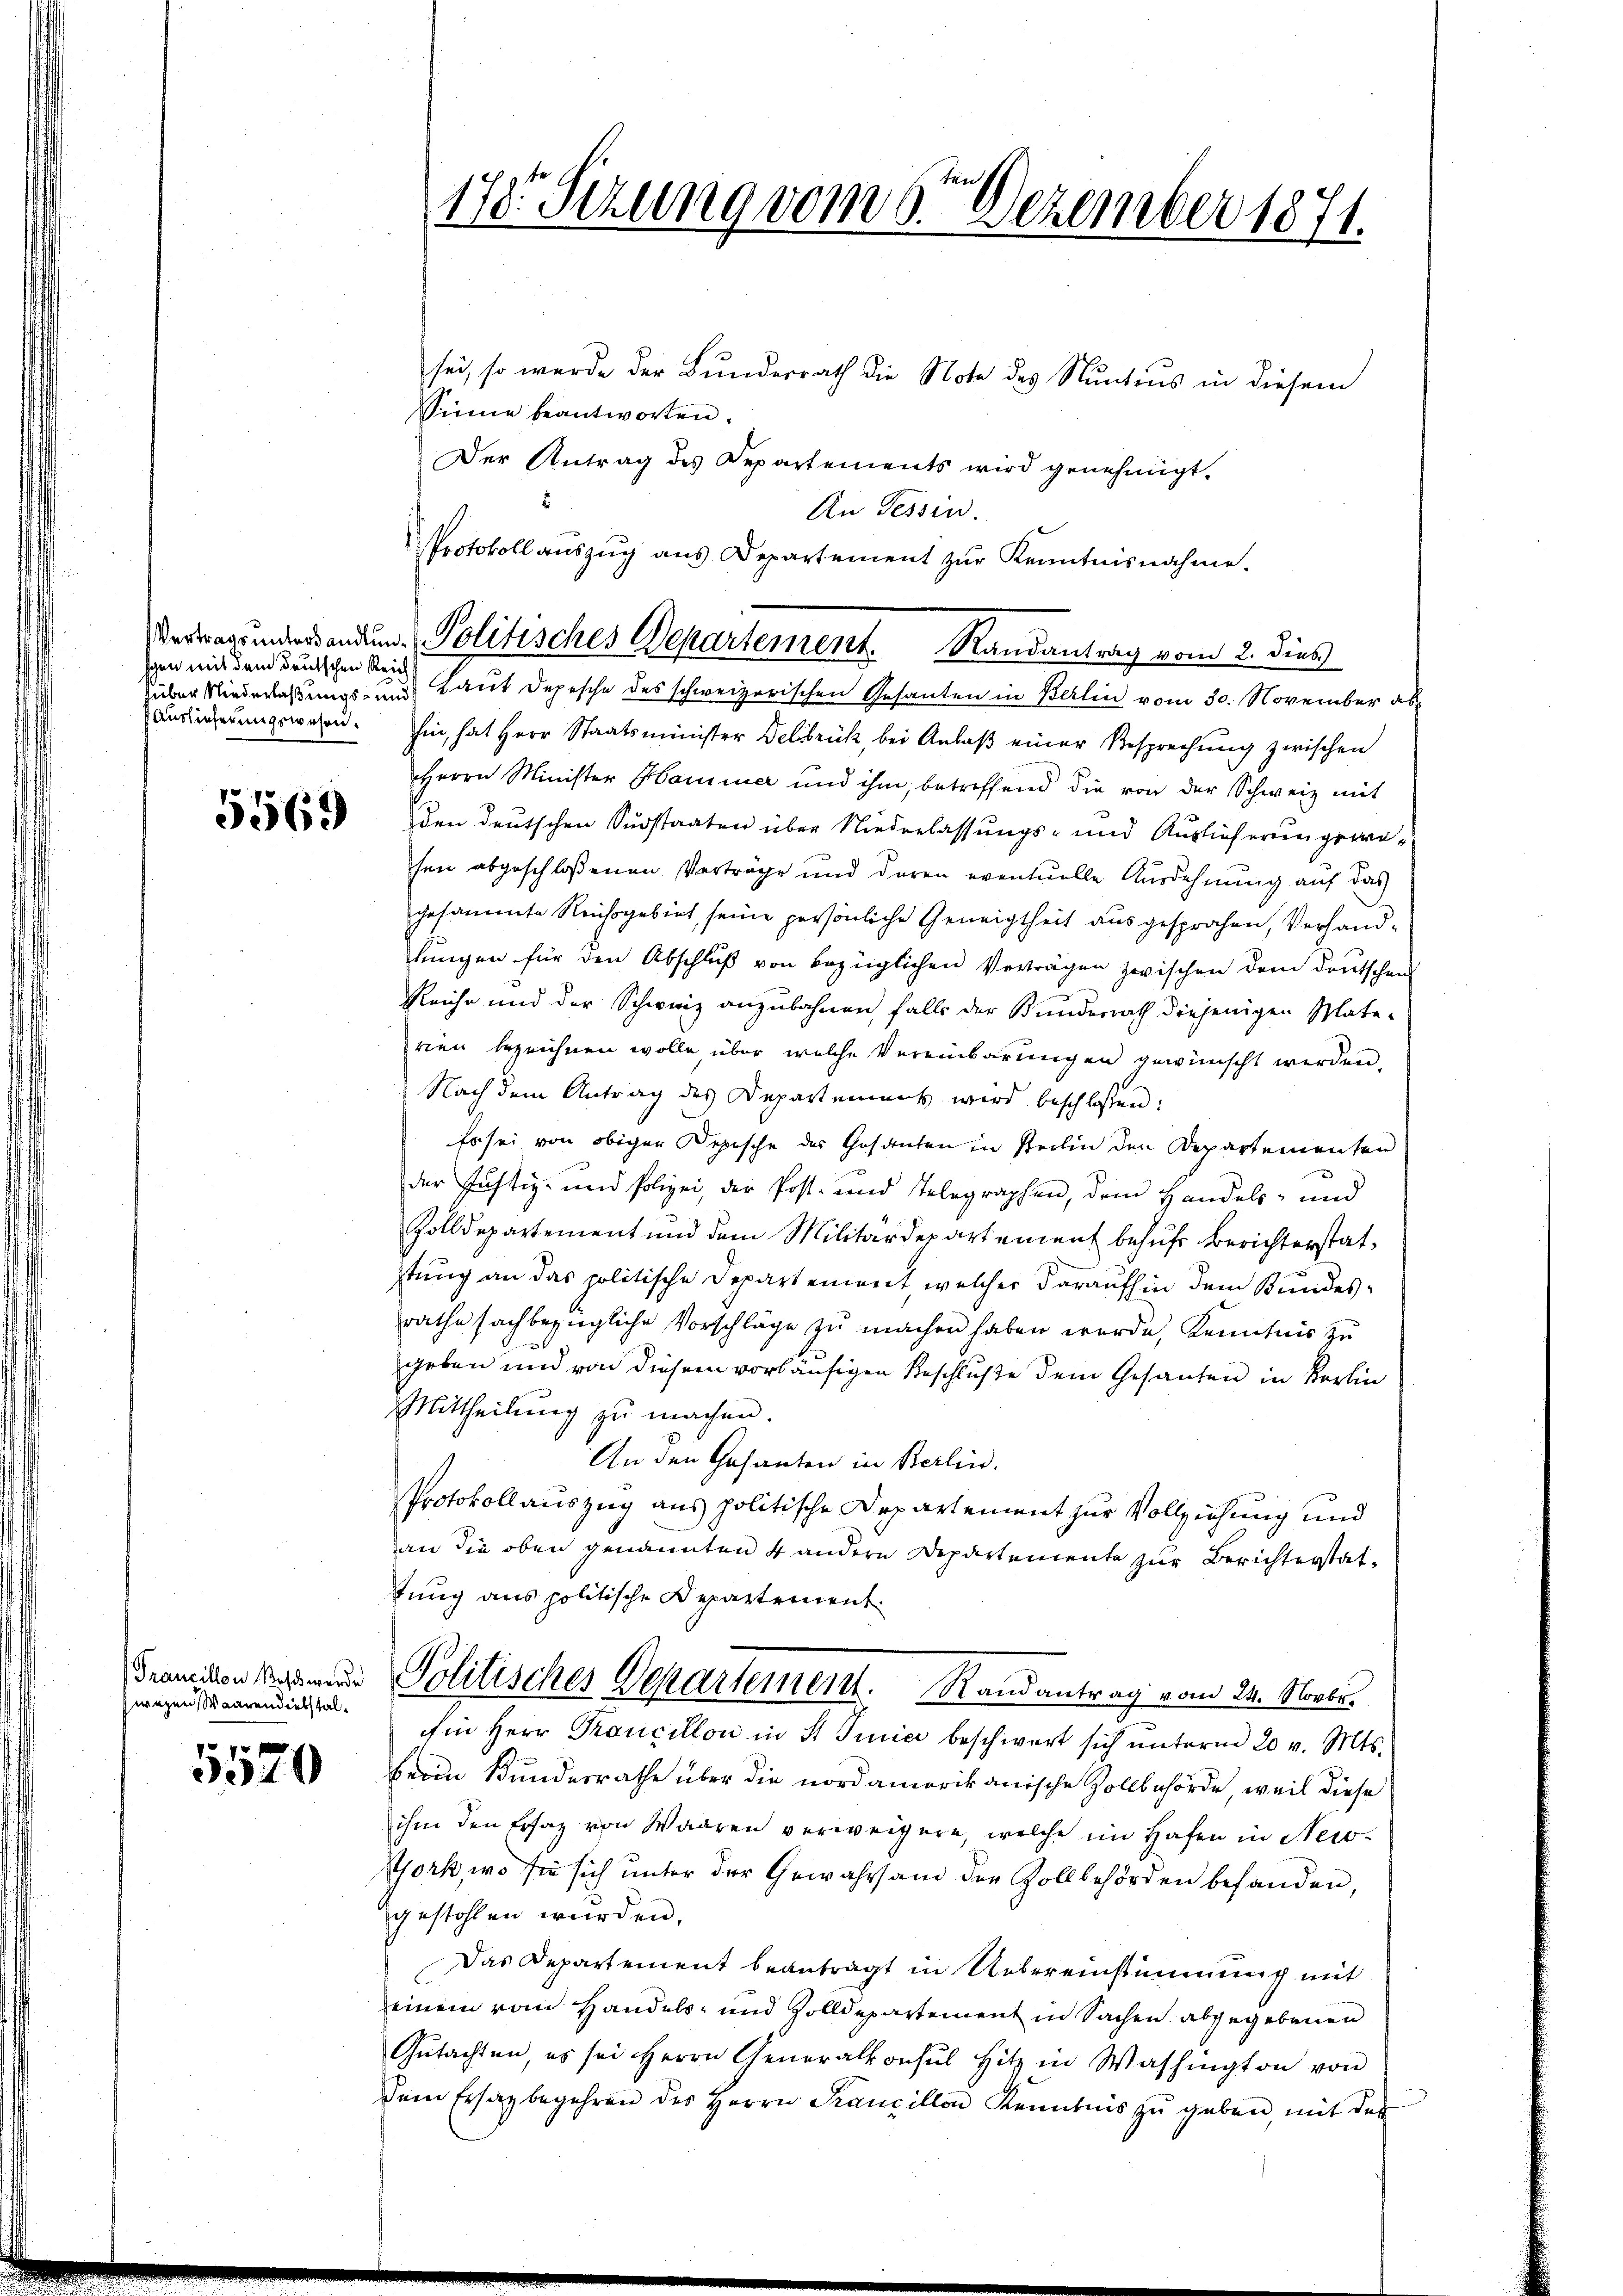
sgen mit dem deutschen Reich
Auslieferungswesen.

5569

Francillon es werde
wegen Waarendiebstal¬

5520

178. Sezung vom 6ten Dezember 1871.

sei, so wurde der Bundesrath die Note des Nuntius in diesem
Sinne beantworten.
Der Antrag des Departements wird genehmigt.
.
An Tessin.
Protokoll aŭszŭg ans Departement zŭr Kenntnisnahme.
Huber Niederlaßungs- und Laut Depesche des schweizerischen Gesanten in Berlin vom 30. November abhin, hat Herr Staatsminister Delbrück, bei Anlaß einer Besprechung zwischen
Herrn Minister Haminer und ihm, betreffend die von der Schweiz mit
den deutschen Sudstaaten über Niederlassungs- und Auslieferungswesen abgeschloßenen Verträge und daren eventuelle Ausdehnŭng aŭf das
gesammte Reichsgebiet seine persönliche Geneigtheit ausgesprochen, Verhandlungen für den Abschluß von bezüglichen Verträgen zwischen dem deutschen
Reiche und der Schweiz anzubahnen falls der Bunderrath diejenigen Plate-
rien bezeichnen wolle, über welche Vereinbarungen gewünscht werden.
Nach dem Antrag des Departement wird beschlossen:
Es sei von obiger Depesche des Gesanten in Sterlin den Departementen
der sichtig- und Polizei, der Post- und Telegraphen, dem Handels- und
Zolldepartement und dem Militärdepartement behufs Berichterstatstung an das politische Departement, welcher daraufhin dem Bundesrathe sachbezügliche Vorschläge zu machen haben werde, Kenntnis zu
geben und von diesem vorläufigen Beschluße dem Gesanten in Korin
Mittheilung zu machen.
An den Gesanten in Berlin.
Protokollauszug aus politische Departement zur Vollziehung und
an die oben genannten 4 andern Departemente zur Berichterstattung aus politische Departement.
Politisches Departement. Randantrag vom 24. Novbr.
in Herr Prancillon in St. Junici beschwert sich ŭnterm 20 v. Mts.
berin Bundesrathe über die nordamerikanische Zollbehörde, weil diese
ihm den Ersatz von Waaren verweigere, welche im Hafen in New-
York, wo sie sich unter der Gewahrsam der Zollbehörden befanden,
gestohlen wurden.
Das Departement beanträgt in Uebereinstimmung mit
einem vom Handels- und Zolldepartement in Sachen abgegebenen
Gutachten, es sei Herrn Generalkonsul Hitz in Washington von
dem Ersatz begehren des Herrn Francillon Kenntnis zu geben, mit der

Vertragsmandenden Politisches Departement. Randantrag vom 2. dies